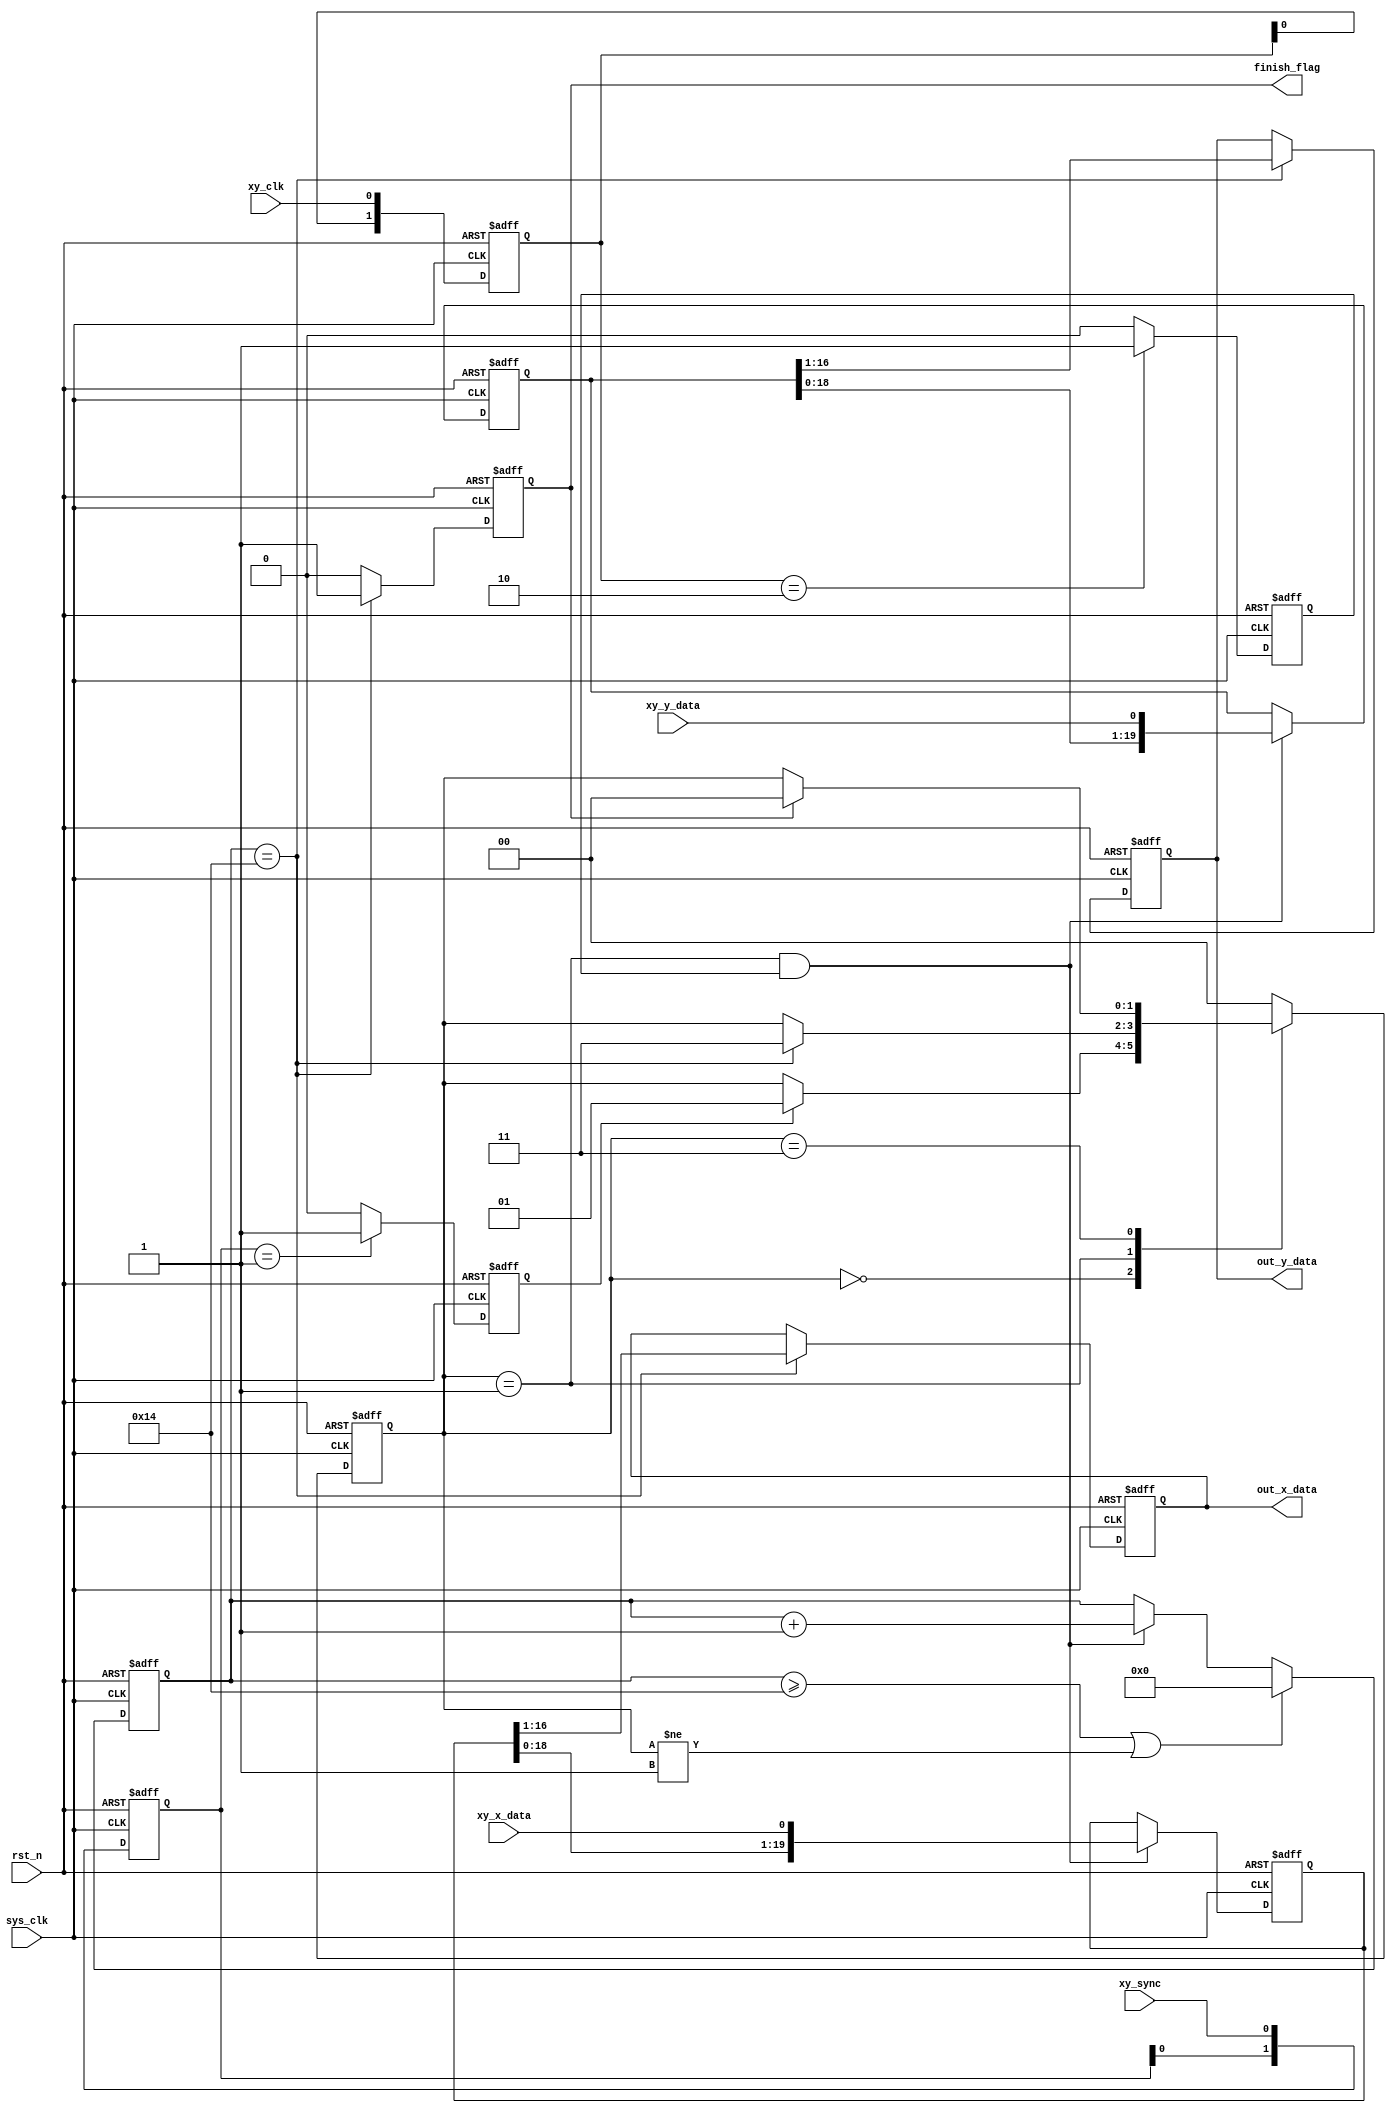
module XY2_100
(
	input 			sys_clk,
	input 			rst_n,
	
	input 			xy_clk,
	input 			xy_sync,
	input 			xy_x_data,
	input 			xy_y_data,
	
	output reg			finish_flag,
	output reg [15:0]	out_x_data,
	output reg [15:0]	out_y_data
);

parameter IDLE = 	2'b00;
parameter READ =	2'b01;
parameter END  =	2'b11;

reg	[ 1:0]	state_current;
reg	[ 1:0]	state_next;
reg 	[ 1:0]	det_sync_edge;
wire	[ 1:0]	det_sync_edge_n;
reg				sync_posedge_reg;
wire				sync_posedge_reg_n;
reg 	[ 1:0]	det_clk_edge;
wire	[ 1:0]	det_clk_edge_n;
reg				clk_negedge_reg;
wire				clk_negedge_reg_n;
reg	[ 4:0] 	bit_cnt;
reg	[ 4:0] 	bit_cnt_n;
reg	[19:0]	shift_x_data;
reg	[19:0]	shift_x_data_n;
//reg	[15:0]	out_x_data;
reg	[15:0]	out_x_data_n;
reg	[19:0]	shift_y_data;
reg	[19:0]	shift_y_data_n;
//reg	[15:0]	out_y_data;
reg	[15:0]	out_y_data_n;
//reg				finish_flag;
reg				finish_flag_n;

/*******************  XY_SYNC  *******************/
//,det_sync_edge
always @ (posedge sys_clk or negedge rst_n)
begin
	if(!rst_n)
		det_sync_edge <= 2'b00;
	else
		det_sync_edge <= det_sync_edge_n;
end
//
assign det_sync_edge_n = {det_sync_edge[0], xy_sync};

//,sync_posedge_reg
always @ (posedge sys_clk or negedge rst_n)
begin
	if(!rst_n)
		sync_posedge_reg <= 1'b0;
	else
		sync_posedge_reg <= sync_posedge_reg_n;
end
//
assign sync_posedge_reg_n = (det_sync_edge == 2'b01) ? 1'b1 : 1'b0;
/*******************  XY_SYNC  *******************/

/*******************  XY_CLK  *******************/
//,det_clk_edge
always @ (posedge sys_clk or negedge rst_n)
begin
	if(!rst_n)
		det_clk_edge <= 2'b00;
	else
		det_clk_edge <= det_clk_edge_n;
end
//
assign det_clk_edge_n = {det_clk_edge[0], xy_clk};

//,clk_negedge_reg
always @ (posedge sys_clk or negedge rst_n)
begin
	if(!rst_n)
		clk_negedge_reg <= 1'b0;
	else
		clk_negedge_reg <= clk_negedge_reg_n;
end
//
assign clk_negedge_reg_n = (det_clk_edge == 2'b10) ? 1'b1 : 1'b0;
/*******************  XY_CLK  *******************/

/******************* XY2-100 *******************/
// state_current 
always @ (posedge sys_clk or negedge rst_n)
begin
	if(!rst_n)
		state_current <= IDLE;
	else
		state_current <= state_next;
end

//
always @ (*)
begin
	case(state_current)
		IDLE:
			if(sync_posedge_reg)
				state_next = READ;
			else
				state_next = state_current;
		READ:
			if(bit_cnt == 5'd20)
				state_next = END;
			else 
				state_next = state_current;
		END:
			if(finish_flag)
				state_next = IDLE;
			else
				state_next = state_current;
		default:
			state_next = IDLE;
	endcase
end
/******************* XY2-100 *******************/

//,bit_cnt
always @ (posedge sys_clk or negedge rst_n)
begin
	if(!rst_n)
		bit_cnt <= 5'b0;
	else
		bit_cnt <= bit_cnt_n;
end

//,bit_cnt_n
always @ (*)
begin
	if(bit_cnt >= 5'd20 || state_current != READ)
		bit_cnt_n = 5'd0;
	else if(state_current == READ && clk_negedge_reg)
		bit_cnt_n = bit_cnt + 5'b1;
	else 
		bit_cnt_n = bit_cnt;
end

/******************  X  **************/
//,shift_x_data
always @ (posedge sys_clk or negedge rst_n)
begin
	if(!rst_n)
		shift_x_data <= 20'b0;
	else
		shift_x_data <= shift_x_data_n;
end
//,shift_x_data_n
always @ (*)
begin
	if(state_current == READ && clk_negedge_reg)
		shift_x_data_n = {shift_x_data[18:0], xy_x_data};
	else 
		shift_x_data_n = shift_x_data;
end

//,out_x_data
always @ (posedge sys_clk or negedge rst_n)
begin
	if(!rst_n)
		out_x_data <= 16'h8000;
	else
		out_x_data <= out_x_data_n;
end
//,out_x_data_n
always @ (*)
begin
	if(bit_cnt == 5'd20)
		out_x_data_n = shift_x_data[16:1];
	else 
		out_x_data_n = out_x_data;
end
/******************  X  **************/

/******************  Y  **************/
//,shift_y_data
always @ (posedge sys_clk or negedge rst_n)
begin
	if(!rst_n)
		shift_y_data <= 20'b0;
	else
		shift_y_data <= shift_y_data_n;
end
//,shift_y_data_n
always @ (*)
begin
	if(state_current == READ && clk_negedge_reg)
		shift_y_data_n = {shift_y_data[18:0], xy_y_data};
	else 
		shift_y_data_n = shift_y_data;
end

//,out_y_data
always @ (posedge sys_clk or negedge rst_n)
begin
	if(!rst_n)
		out_y_data <= 16'h8000;
	else
		out_y_data <= out_y_data_n;
end
//,out_y_data_n
always @ (*)
begin
	if(bit_cnt == 5'd20)
		out_y_data_n = shift_y_data[16:1];
	else 
		out_y_data_n = out_y_data;
end
/******************  Y  **************/

/****************** XY2-100 **************/
//,finish_flag
always @ (posedge sys_clk or negedge rst_n)
begin
	if(!rst_n)
		finish_flag <= 1'b0;
	else
		finish_flag <= finish_flag_n;
end

//,finish_flag_n
always @ (*)
begin
	if(bit_cnt == 5'd20)
		finish_flag_n = 1'b1;
	else 
		finish_flag_n = 1'b0;
end
/****************** XY2-100 **************/

endmodule